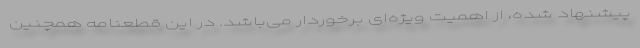
پیشنهاد شده، از اهمیت ویژه‌ای برخوردار می‌باشد. در این قطعنامه همچنین